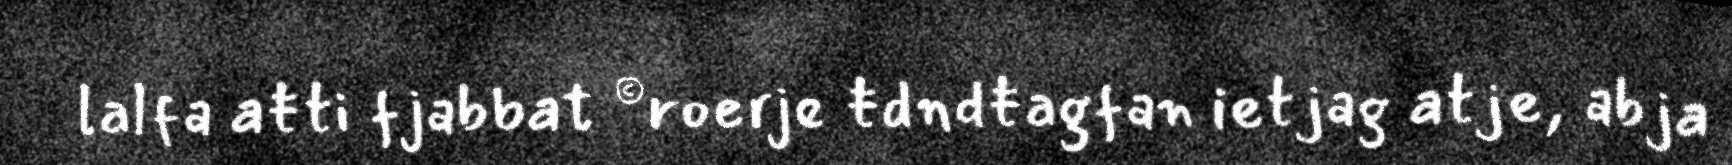
lalfa aŧti fjabbat ©roerje ŧdndŧagfan ietjag atje, abja